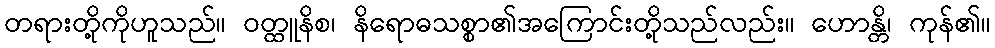
တရားတို့ကိုဟူသည်။ ဝတ္ထူနိစ၊ နိရောဓသစ္စာ၏အကြောင်းတို့သည်လည်း။ ဟောန္တိ၊ ကုန်၏။